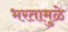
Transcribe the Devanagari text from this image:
भरतामुळे